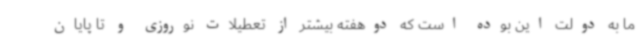
ما به دولت این بوده است که دوهفته بیشتر از تعطیلات نوروزی و تا پایان